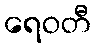
ရေဝတီ